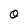
Character: O